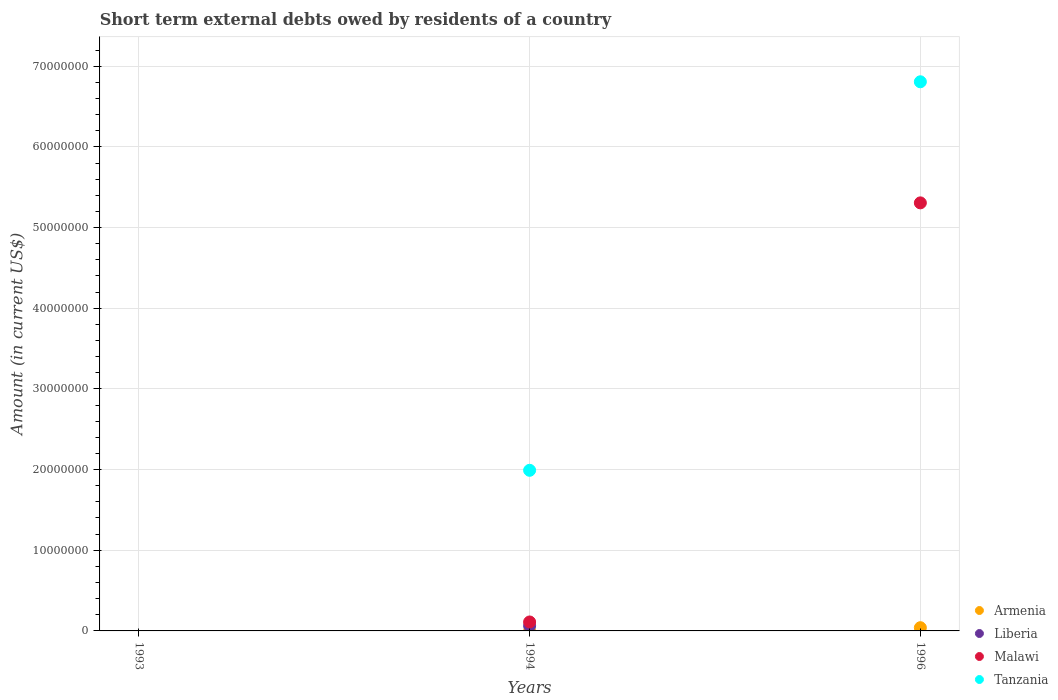
| Years | Armenia | Liberia | Malawi | Tanzania |
 | --- | --- | --- | --- | --- |
 | 1993 | -3.8e+07 | -9.88e+06 | -3.81e+07 | -2.41e+07 |
 | 1994 | -2e+04 | 6.3e+05 | 1.11e+06 | 1.99e+07 |
 | 1996 | 4e+05 | -4.4e+07 | 5.31e+07 | 6.81e+07 |